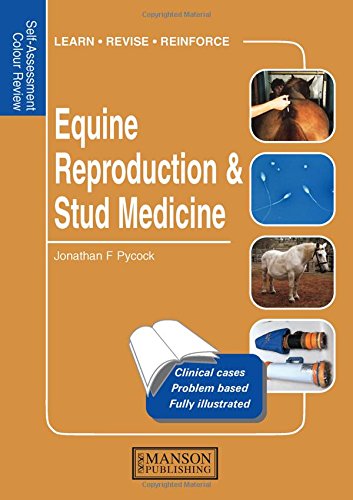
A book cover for Equine Reproduction & Stud Medicine: Self-Assessment Color Review (Veterinary Self-Assessment Color Review Series); Jonathan E. Pycock; Medical Books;